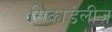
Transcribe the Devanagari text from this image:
सिकाडेलीज़